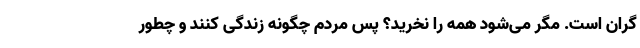
گران است. مگر می‌شود همه را نخرید؟ پس مردم چگونه زندگی کنند و چطور